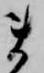
ま